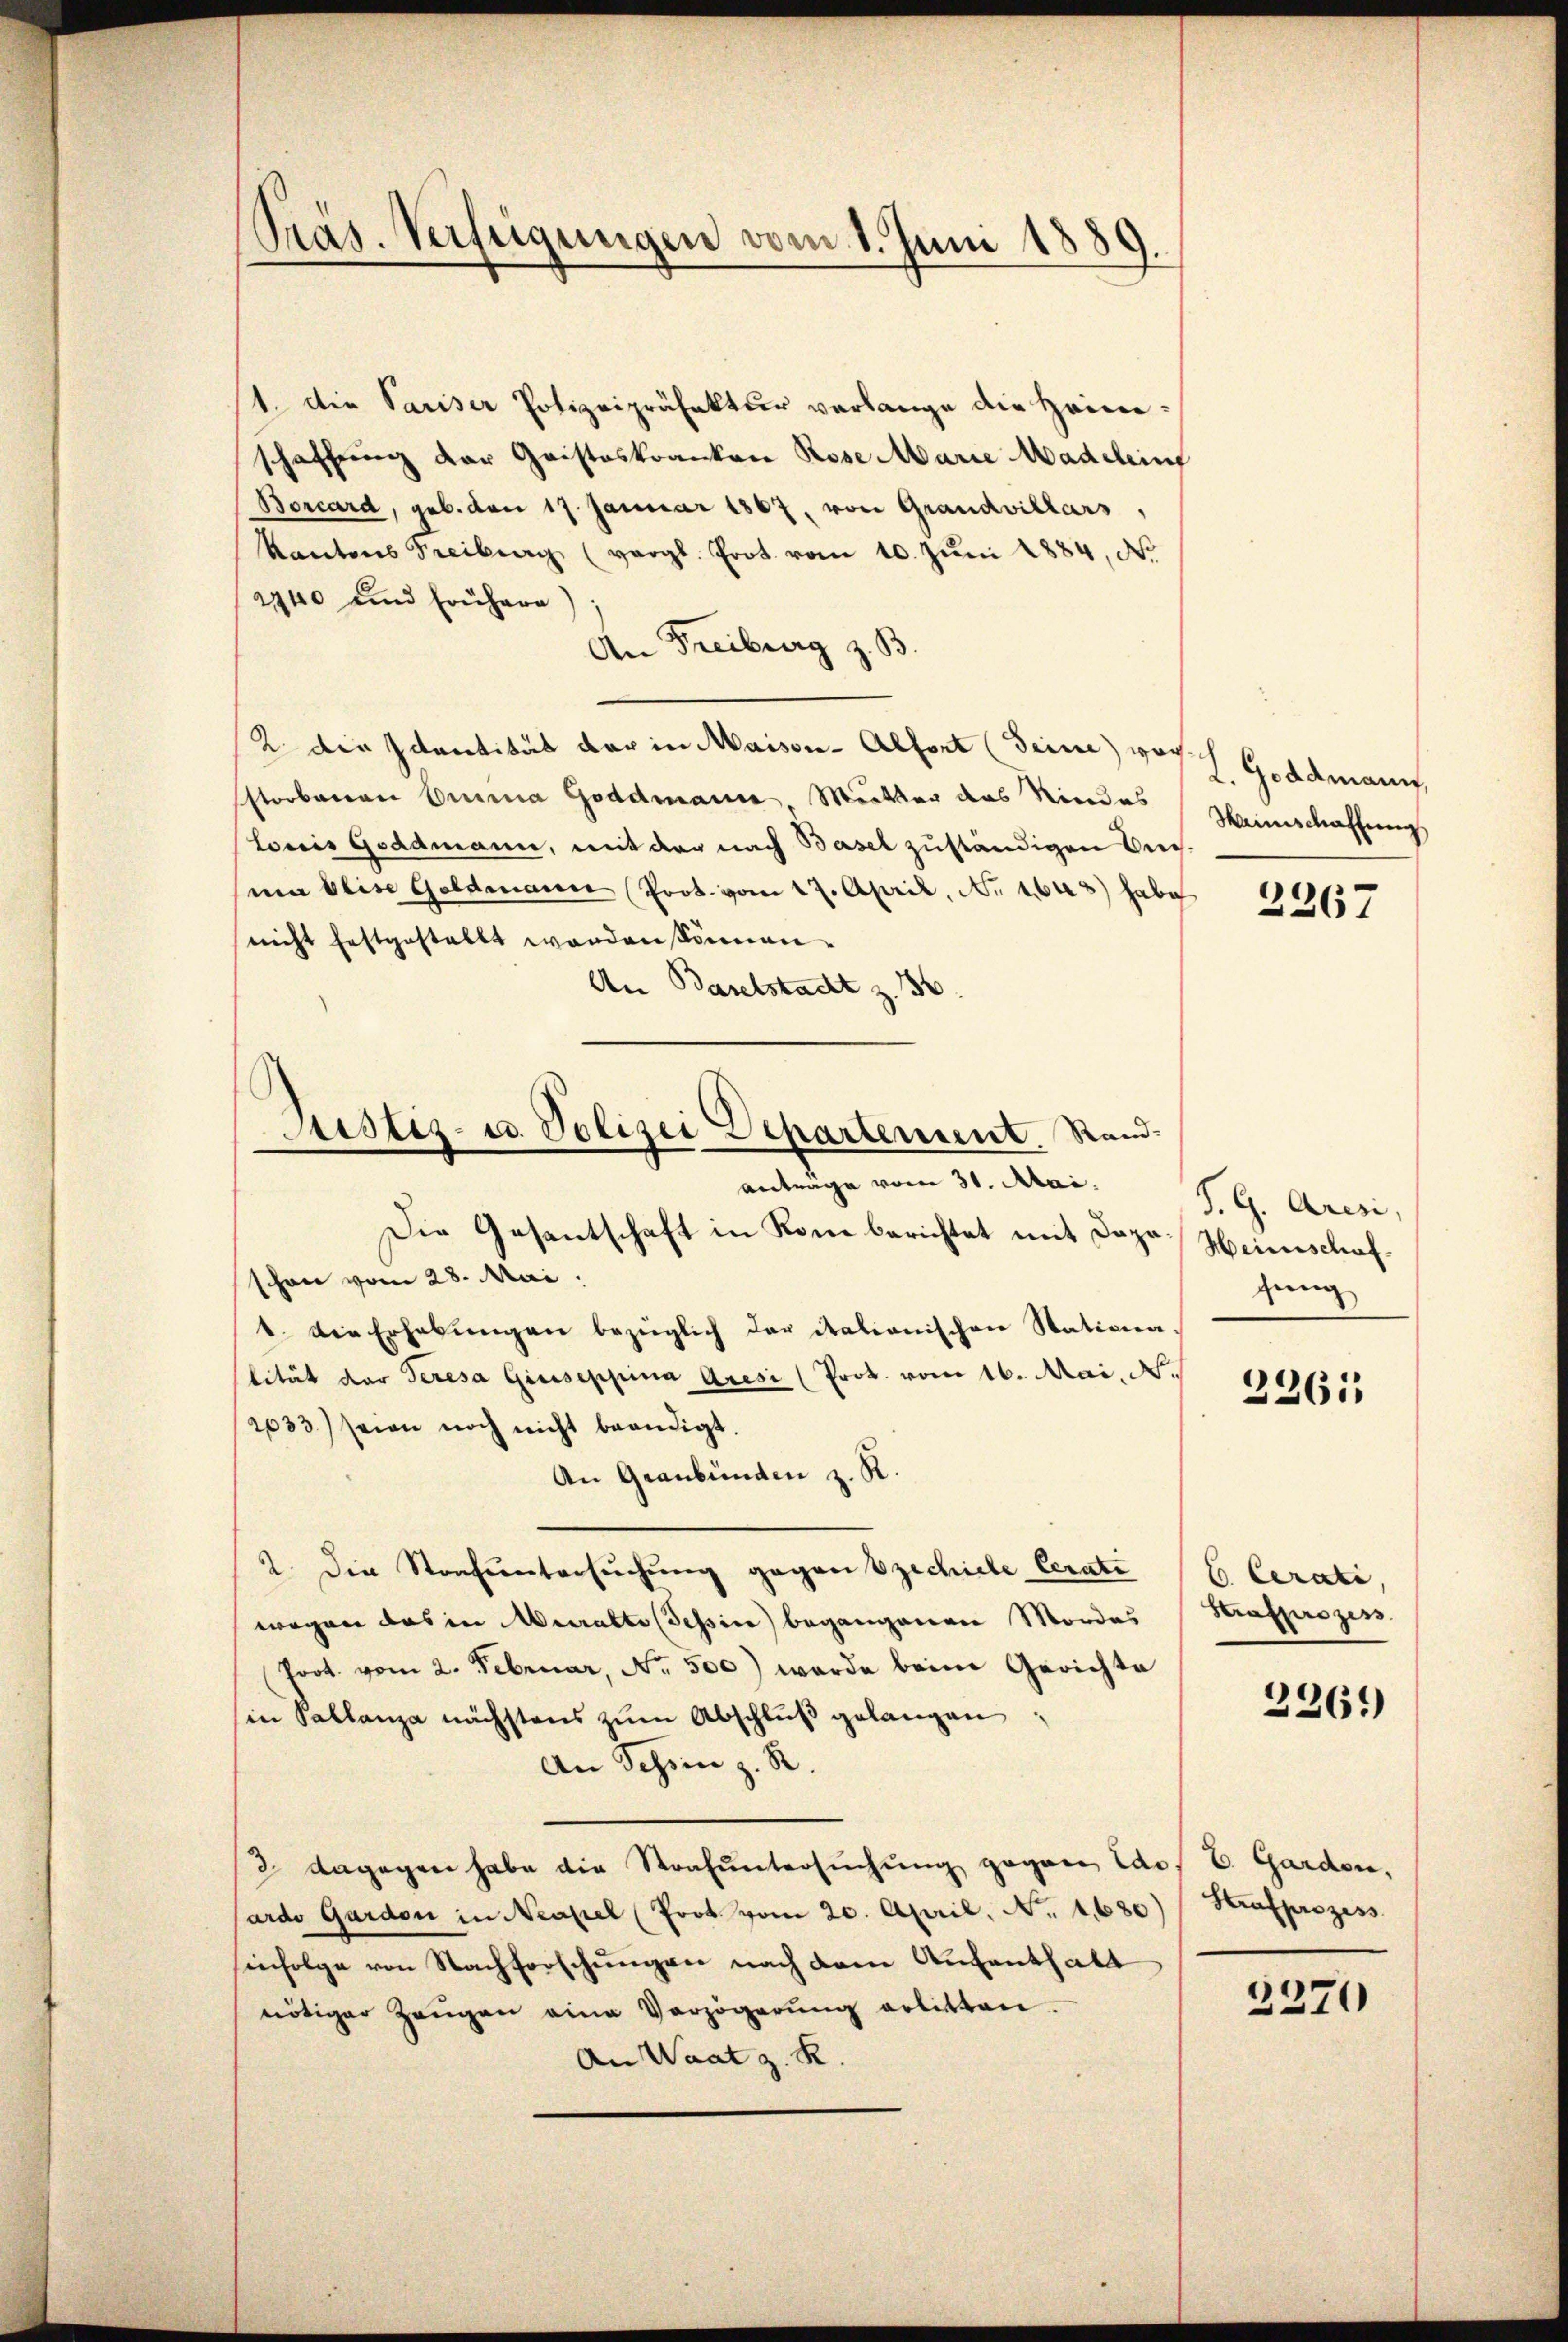
Pras. Verfügungen vom 1. Juni 1889.

1. die Pariser Polizeipräfektur verlange die Heinschaffung der Gristeskranken Rose Marie Madehin
Borcard, geb. den 17. Januar 1867, von Grandvillars,
Kantons Treiburg (vergl. Prot. vom 10. Jŭni 1884, N.
2940 und frühere)
An Freiburg z. B.
2 die Identität der in Maison - Alfort (Seine woch Goldmann,
sstorbenen Emma Goddmanne Mutter das Niedes
lonis Goldmann, mit der nach Basel zuständigen Preisma Elise Goldmann Prot. vom 17. April, No 1643) habe
nicht festgestellt worden können.
An Baselstadt z. 36.
Die Gesantschaft in Kon berichtet mit Dapaschon vom 28. Mai:
1. Die Erhebŭngen bezüglich der italianischen Stationa.
lität der Teresa Giuseppina Aresi (Prok. vom 16. Mai, N.
2033) seien noch nicht beendigt.
An Graubünden z. R.
2. Die Strafuntersuchung gegen zechiebe Cerate
wegen das in Muralte (Tessin begangenen Mordes
Poot. vom 2. Februar, No. 500) wurde beim Gerichte
(in Sallanza nächstens zŭm Abschlŭβ gelangen:
An Schein z. R.
2 dagegen habe die Strafuntersuchung gegen lass E. Garden,
ardo Gardon in Neapel (Prot. vom 20. April, No. 1680)
infolge von Nachforschungen nach dem Aufenthalt
nötiger Zeŭgen eine Verzögerŭng erbitten.
An Waat z. R

Justiz- u. Polizei Departement. Stand
anträge vom 31. Mai.

Mainischaffung

2267

P. G. Aresi,
Heierschaf
gung

2261

6. Cerati,
Strafprozess

2261)

Strafprozess

2270